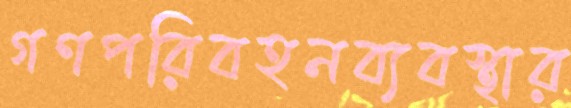
গণপরিবহনব্যবস্থার